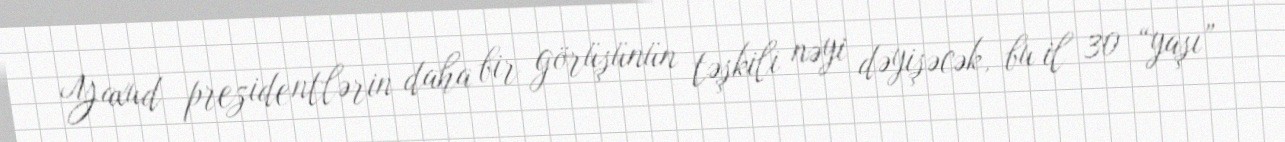
Yaxud prezidentlərin daha bir görüşünün təşkili nəyi dəyişəcək, bu il 30 “yaşı”